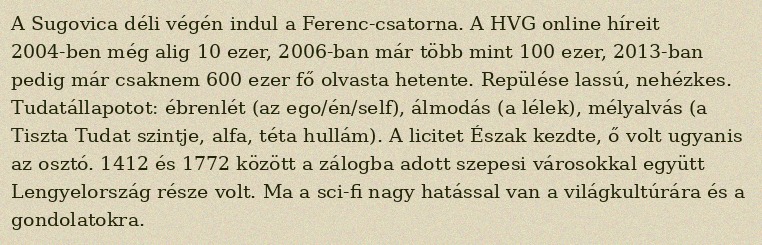
A Sugovica déli végén indul a Ferenc-csatorna. A HVG online híreit 2004-ben még alig 10 ezer, 2006-ban már több mint 100 ezer, 2013-ban pedig már csaknem 600 ezer fő olvasta hetente. Repülése lassú, nehézkes. Tudatállapotot: ébrenlét (az ego/én/self), álmodás (a lélek), mélyalvás (a Tiszta Tudat szintje, alfa, téta hullám). A licitet Észak kezdte, ő volt ugyanis az osztó. 1412 és 1772 között a zálogba adott szepesi városokkal együtt Lengyelország része volt. Ma a sci-fi nagy hatással van a világkultúrára és a gondolatokra.